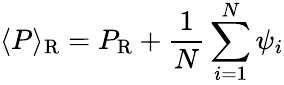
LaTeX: \langle P\rangle{_{\mathrm R}}=P_{\mathrm R}+{\frac{1}{N}}\sum_{i=1}^{N}\psi_{i}